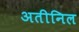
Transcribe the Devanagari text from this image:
अतीनिल